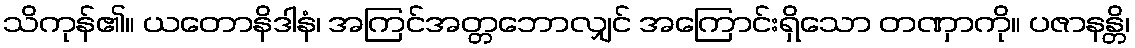
သိကုန်၏။ ယတောနိဒါနံ၊ အကြင်အတ္တဘောလျှင် အကြောင်းရှိသော တဏှာကို။ ပဇာနန္တိ၊